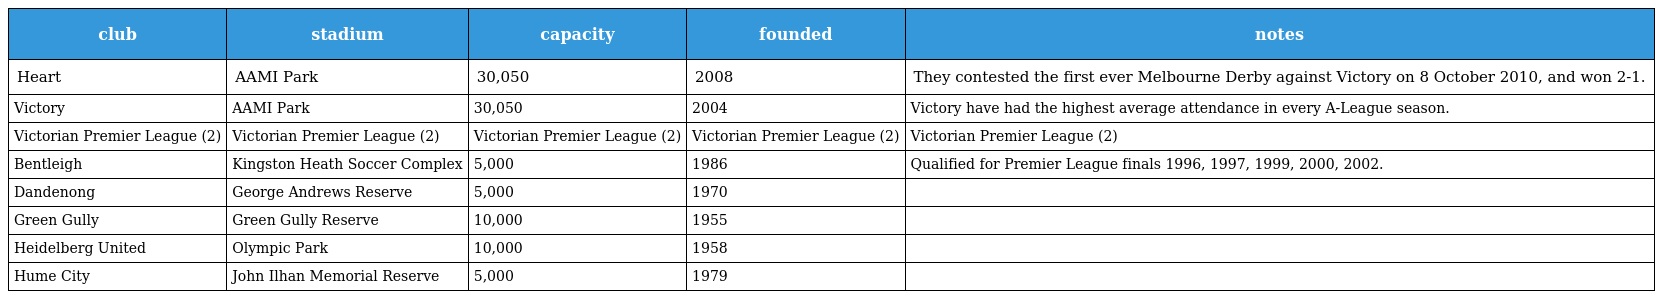
| club | stadium | capacity | founded | notes |
 | --- | --- | --- | --- | --- |
 | Heart | AAMI Park | 30,050 | 2008 | They contested the first ever Melbourne Derby against Victory on 8 October 2010, and won 2-1. |
 | Victory | AAMI Park | 30,050 | 2004 | Victory have had the highest average attendance in every A-League season. |
 | Victorian Premier League (2) | Victorian Premier League (2) | Victorian Premier League (2) | Victorian Premier League (2) | Victorian Premier League (2) |
 | Bentleigh | Kingston Heath Soccer Complex | 5,000 | 1986 | Qualified for Premier League finals 1996, 1997, 1999, 2000, 2002. |
 | Dandenong | George Andrews Reserve | 5,000 | 1970 |  |
 | Green Gully | Green Gully Reserve | 10,000 | 1955 |  |
 | Heidelberg United | Olympic Park | 10,000 | 1958 |  |
 | Hume City | John Ilhan Memorial Reserve | 5,000 | 1979 |  |